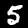
Label: 5